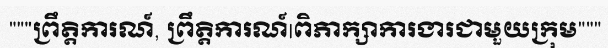
"""ព្រឹត្តិការណ៍, ព្រឹត្តិការណ៍|ពិភាក្សាការងារជាមួយក្រុម"""